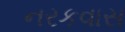
નરકવાસ